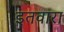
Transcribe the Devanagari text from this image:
इतवारा